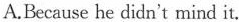
A.Because he didn't mind it.